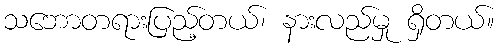
သဘောတရားပြည့်တယ်၊ နားလည်မှု ရှိတယ်။